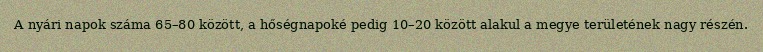
A nyári napok száma 65–80 között, a hőségnapoké pedig 10–20 között alakul a megye területének nagy részén.